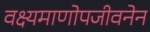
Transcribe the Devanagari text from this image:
वक्ष्यमाणोपजीवनेन